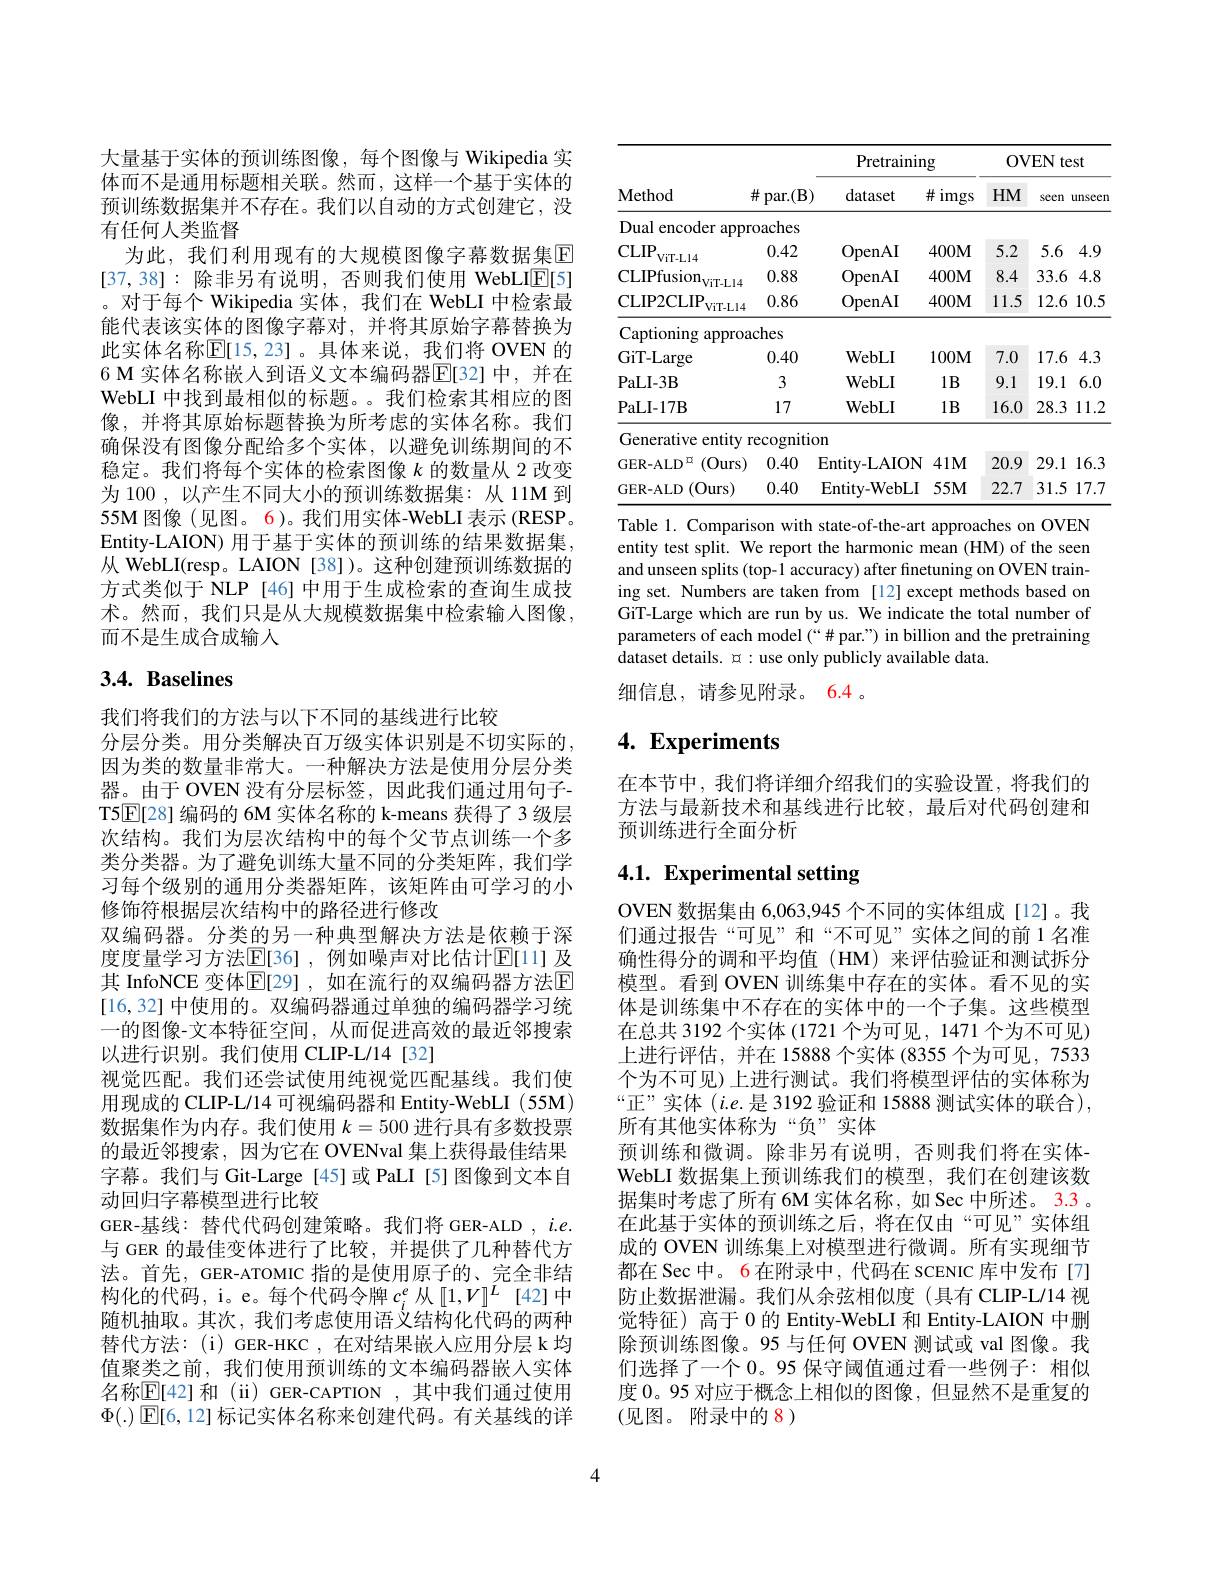
大量基于实体的预训练图像，每个图像与 Wikipedia 实体而不是通用标题相关联。然而，这样一个基于实体的预训练数据集并不存在。我们以自动的方式创建它，没有任何人类监督
为此，我们利用现有的大规模图像字幕数据集$\overline{\mathrm{E}}$ [37,38]: 除非另有说明，否则我们使用 WebLIE[5] 。对于每个 Wikipedia 实体，我们在 WebLI 中检索最能代表该实体的图像字幕对，并将其原始字幕替换为此实体名称$\mathbb{E}[15,23]$。具体来说，我们将 OVEN 的6 M 实体名称嵌入到语义文本编码器$\overline{\mathbb{E}}[32]$ 中，并在WebLI 中找到最相似的标题。。我们检索其相应的图像，并将其原始标题替换为所考虑的实体名称。我们确保没有图像分配给多个实体，以避免训练期间的不稳定。我们将每个实体的检索图像$k$的数量从 2 改变为 100 , 以产生不同大小的预训练数据集：从 11M 到55M 图像 (见图。6)。我们用实体-WebLI 表示 (RESP。Entity- LAION) 用于基于实体的预训练的结果数据集， 从 WebLI(resp。LAION [38])。这种创建预训练数据的方式类似于 NLP [46] 中用于生成检索的查询生成技术。然而，我们只是从大规模数据集中检索输入图像， 而不是生成合成输人

# $3. 4. \textbf{ Baselines}$

我们将我们的方法与以下不同的基线进行比较
分层分类。用分类解决百万级实体识别是不切实际的因为类的数量非常大。一种解决方法是使用分层分类器。由于 OVEN 没有分层标签，因此我们通过用句子T5$\boxed{\mathrm{E}}[28]$编码的 6M 实体名称的 k-means 获得了3 级层次结构。我们为层次结构中的每个父节点训练一个多类分类器。为了避免训练大量不同的分类矩阵，我们学习每个级别的通用分类器矩阵，该矩阵由可学习的小修饰符根据层次结构中的路径进行修改
双编码器。分类的另一种典型解决方法是依赖于深度度量学习方法$\mathbb{E}[36]$,例如噪声对比估计$\mathbb{E}[1]$ 及其 InfoNCE 变体$\mathbb{E}[$29],如在流行的双编码器方法$\mathbb{E}$ [16,32] 中使用的。双编码器通过单独的编码器学习统一的图像-文本特征空间，从而促进高效的最近邻搜索以进行识别。我们使用 CLIP-L/14[32]
视觉匹配。我们还尝试使用纯视觉匹配基线。我们使用现成的 CLIP-L/14 可视编码器和 Entity-WebLI (55M) 数据集作为内存。我们使用$k=500$进行具有多数投票的最近邻搜索，因为它在 OVENval 集上获得最佳结果字幕。我们与 Git-Large [45]或 PaLI [5]图像到文本自动回归字幕模型进行比较
GER-基线：替代代码创建策略。我们将 GER-ALD $,i.e.$ 与 GER 的最佳变体进行了比较，并提供了几种替代方法。首先，GER-ATOMIC 指的是使用原子的、完全非结构化的代码，i。e。每个代码令牌$c_i^e$从[1,V]$^L$ [42]中随机抽取。其次，我们考虑使用语义结构化代码的两种替代方法：(i) GER-HKC ,在对结果嵌入应用分层 k 均值聚类之前，我们使用预训练的文本编码器嵌人实体名称$\mathbb{E}[42]$ 和 (ii) GER-CAPTION ,其中我们通过使用$\Phi(.)\boxtimes[6,12]$标记实体名称来创建代码。有关基线的详

<table>
	<tbody>
		<tr>
			<th rowspan="2">Method</th>
			<th rowspan="2">par. ( B) 井</th>
			<th colspan="2">Pretraining</th>
			<th colspan="3">OVEN test</th>
		</tr>
		<tr>
			<th>dataset</th>
			<th>$\#$imgs</th>
			<th>$HM$</th>
			<th>seen</th>
			<th>unseen</th>
		</tr>
		<tr>
			<td>Dual encoder $\because$appr</td>
			<td>oaches</td>
			<td> </td>
			<td> </td>
			<td> </td>
			<td> </td>
			<td> </td>
		</tr>
		<tr>
			<td>$CLIP$ ViT- Ll4</td>
			<td>0.42</td>
			<td>OpenAI</td>
			<td>$400M$</td>
			<td>5.2</td>
			<td>5.6</td>
			<td>4.9</td>
		</tr>
		<tr>
			<td>$\mathrm{CLIPfusion}_{\mathrm{ViT-Ll4}}$</td>
			<td>0.88</td>
			<td>OpenAI</td>
			<td>$400M$</td>
			<td>8.4</td>
			<td>33.6</td>
			<td>4.8</td>
		</tr>
		<tr>
			<td>CLIP2CLIP $ViT-L14$</td>
			<td>0.86</td>
			<td>OpenAI</td>
			<td>$400M$</td>
			<td>11.5</td>
			<td>12.6</td>
			<td>10.5</td>
		</tr>
		<tr>
			<td>$\operatorname{Captioning}$ $\operatorname{approa}$</td>
			<td>ches</td>
			<td> </td>
			<td> </td>
			<td> </td>
			<td> </td>
			<td> </td>
		</tr>
		<tr>
			<td>GiT- Large</td>
			<td>0.40</td>
			<td>$\mathbf{WebLI}$</td>
			<td>$100M$</td>
			<td>7.0</td>
			<td>17.6</td>
			<td>4.3</td>
		</tr>
		<tr>
			<td>PaLI- 3B</td>
			<td>3</td>
			<td>$\mathbf{WebLI}$</td>
			<td>$1B$</td>
			<td>9.1</td>
			<td>19.1</td>
			<td>6.0</td>
		</tr>
		<tr>
			<td>PaLI- 17B</td>
			<td>17</td>
			<td>$\mathbf{WebLI}$</td>
			<td>$1B$</td>
			<td>16.0</td>
			<td>28.3</td>
			<td>11.2</td>
		</tr>
		<tr>
			<td>Generative $o$ $:entity$</td>
			<td></td>
			<td>n</td>
			<td> </td>
			<td> </td>
			<td> </td>
			<td> </td>
		</tr>
		<tr>
			<td>(Ours) $\mathrm{GER-ALD}^{\mathfrak{Q}}$</td>
			<td>0.40</td>
			<td>${\mathrm{Entity-LAION}}$</td>
			<td>$41M$</td>
			<td>20.9</td>
			<td>29.1 </td>
			<td>16.3</td>
		</tr>
		<tr>
			<td>(0urs) GER-ALD</td>
			<td>0.40</td>
			<td>${\mathrm{Entity-WebLI}}$</td>
			<td>$55M$</td>
			<td>22.7</td>
			<td>31.5</td>
			<td>17.7</td>
		</tr>
	</tbody>
</table>
Table 1. Comparison with state-of-the-art approaches on OVEN

entity test split. We report the harmonic mean (HM) of the seen and unseen splits (top-1 accuracy) after finetuning on OVEN training set. Numbers are taken from [12] except methods based on GiT-Large which are run by us. We indicate the total number of parameters of each model (“# par.”) in billion and the pretraining dataset details. $\mathfrak{a}:\mathfrak{u}$se only publicly available data.

细信息，请参见附录。6.4。

# 4. Experiments

在本节中，我们将详细介绍我们的实验设置，将我们的方法与最新技术和基线进行比较，最后对代码创建和预训练进行全面分析

# 4.1. Experimental setting

OVEN 数据集由 6,063,945 个不同的实体组成[12]。我们通过报告“可见”和“不可见”实体之间的前 1名准确性得分的调和平均值(HM)来评估验证和测试拆分模型。看到 OVEN 训练集中存在的实体。看不见的实体是训练集中不存在的实体中的一个子集。这些模型在总共 3192 个实体 (1721 个为可见，1471 个为不可见) 上进行评估，并在 15888 个实体 (8355 个为可见，7533个为不可见)上进行测试。我们将模型评估的实体称为“正”实体$(i.e$.是 3192 验证和 15888 测试实体的联合), 所有其他实体称为“负”实体
预训练和微调。除非另有说明，否则我们将在实体WebLI 数据集上预训练我们的模型，我们在创建该数据集时考虑了所有 6M 实体名称，如 Sec 中所述。3.3 。在此基于实体的预训练之后，将在仅由“可见”实体组成的 OVEN 训练集上对模型进行微调。所有实现细节都在 Sec 中。6 在附录中，代码在 scENIC 库中发布[7] 防止数据泄漏。我们从余弦相似度(具有 CLIP-L/14 视觉特征) 高于 0 的 Entity-WebLI 和 Entity-LAION 中删除预训练图像。95 与任何 OVEN 测试或 val 图像。我们选择了一个 0。95 保守阈值通过看一些例子：相似度 0。95 对应于概念上相似的图像，但显然不是重复的(见图。附录中的 8)

4